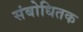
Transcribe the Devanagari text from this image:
संबोधितक